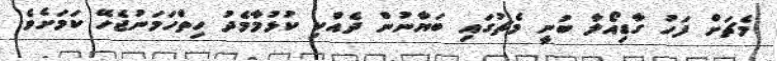
މެޗަށް ފަހު ގާޑިިއޯލާ ބުނީ މެޗުގައި ބަޔާނުން ދެއްކި ކުޅުމާމެދު ހިތްހަމަނުޖެހޭ ކަމަށެވެ.